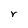
Character: Y